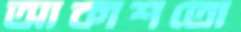
আকাশতো